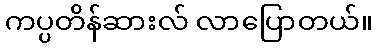
ကပ္ပတိန်ဆားလ် လာပြောတယ်။